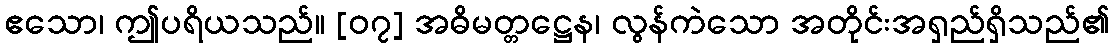
ဧသော၊ ဤပရိယသည်။ [၀၇] အဓိမတ္တဋ္ဌေန၊ လွန်ကဲသော အတိုင်းအရှည်ရှိသည်၏